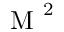
\mathrm { ~ M ~ } ^ { 2 }